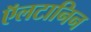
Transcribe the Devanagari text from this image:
ऍलटानिन